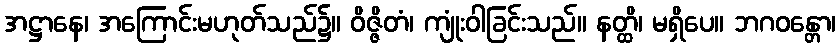
အဋ္ဌာနေ၊ အကြောင်းမဟုတ်သည်၌။ ဝိဇ္ဇိတံ၊ ကျုံးဝါခြင်းသည်။ နတ္ထိ၊ မရှိပေ။ ဘဂဝန္တော၊